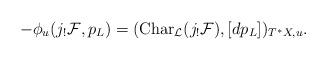
LaTeX: \begin{align*}-\phi_{u}(j_!{\cal F},p_L)=({\rm Char}_{\cal L}(j_!{\cal F}),[dp_L])_{T^*X,u}.\end{align*}